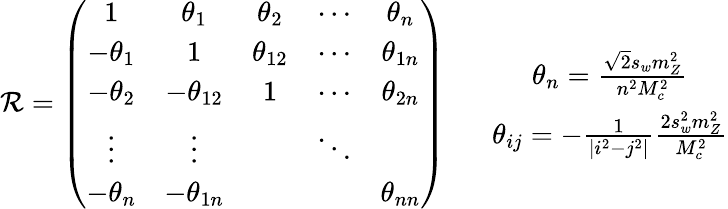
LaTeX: \mathcal{R}=\left(\begin{array}{ccccc}{{1}}&{{\theta_{1}}}&{{\theta_{2}}}&{{\cdots}}&{{\theta_{n}}}\\ {{-\theta_{1}}}&{{1}}&{{\theta_{12}}}&{{\cdots}}&{{\theta_{1n}}}\\ {{-\theta_{2}}}&{{-\theta_{12}}}&{{1}}&{{\cdots}}&{{\theta_{2n}}}\\ {{\vdots}}&{{\vdots}}&{{}}&{{\ddots}}&{{}}\\ {{-\theta_{n}}}&{{-\theta_{1n}}}&{{}}&{{}}&{{\theta_{nn}}}\end{array}\right)\, \, \, \, \, \, \, \, \, \, \begin{array}{c}{{\theta_{n}=\frac{\sqrt{2}s_{w}m_{Z}^{2}}{n^{2}M_{c}^{2}}}}\\ {{\theta_{ij}=-\frac{1}{|i^{2}-j^{2}|}\frac{2s_{w}^{2}m_{Z}^{2}}{M_{c}^{2}}}}\end{array}